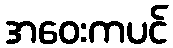
အဝေးကပင်